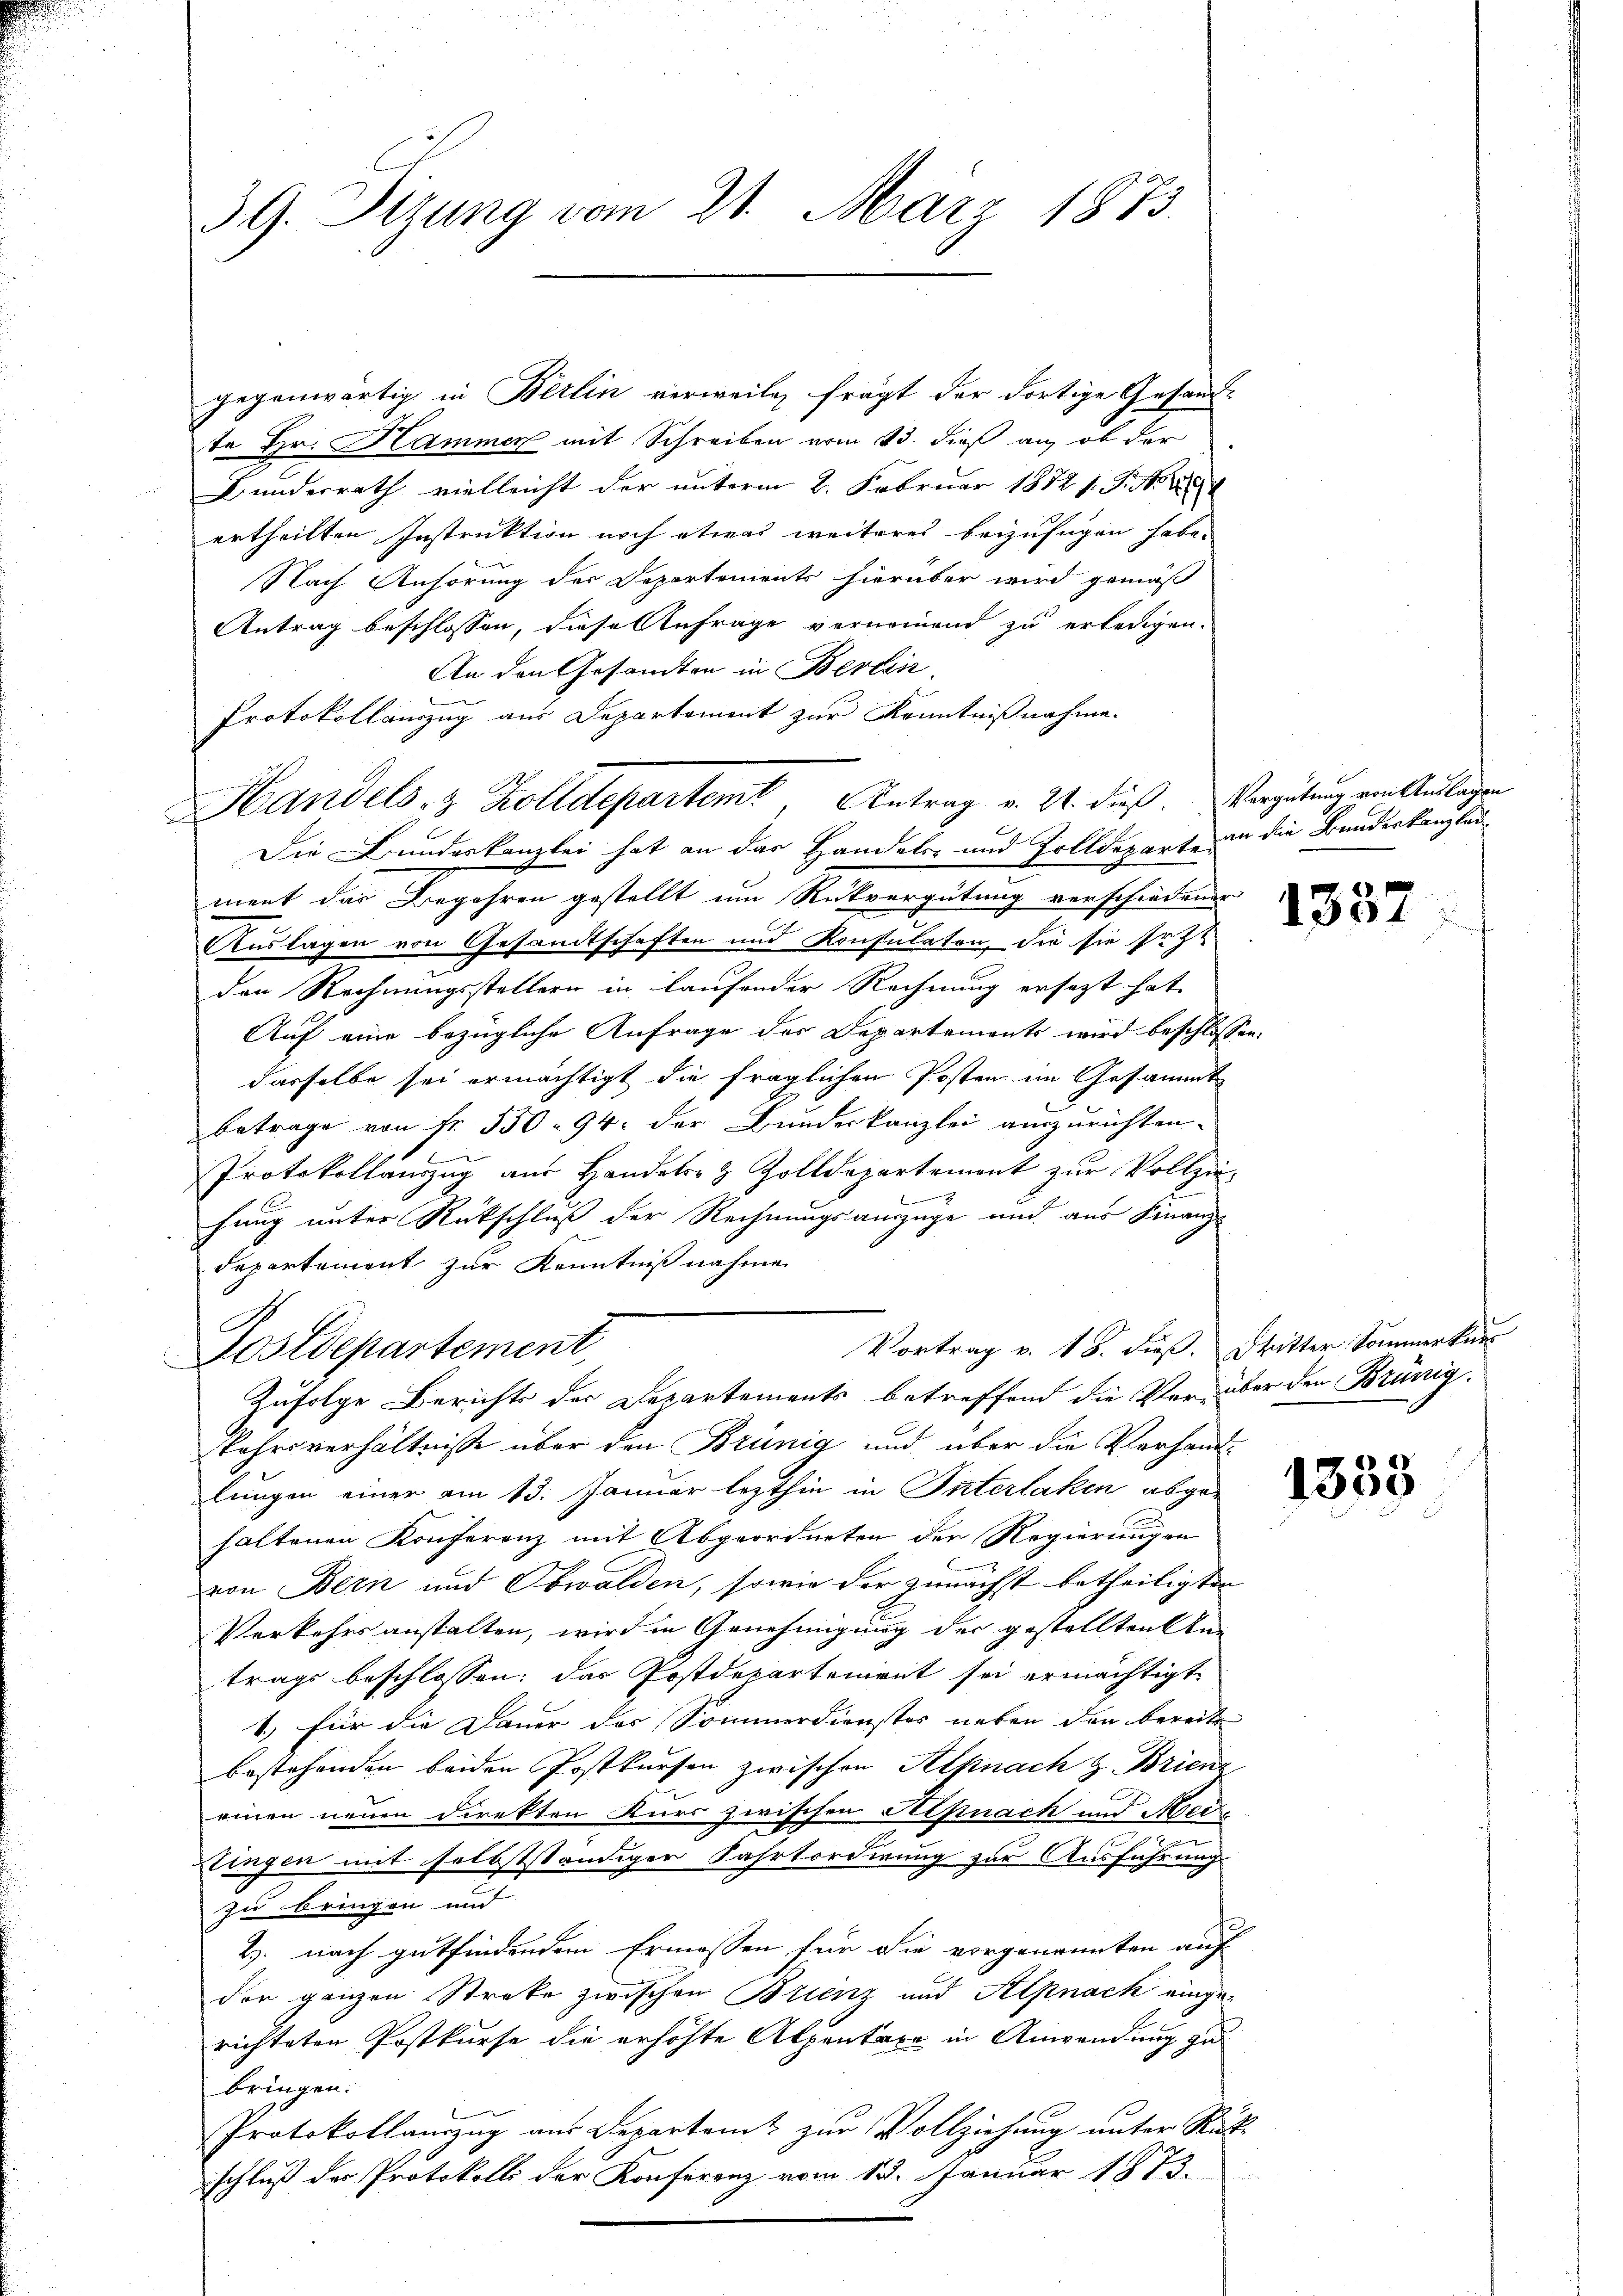
39. Sitzung vom 21. März 1873.

gegenwärtig in Berlin verweilen frägt der dortige Gesandt-
te Hr. Hammer mit Schreiben vom 13. dieß an, ob der
Bunderrath vielleicht der unterm 2. Februar 18721. S. 281
ertheilten Instruktion noch etwas weiteres beizufügen habe.
Nach Anhörung der Departements hierüber wird gemäß
Antrag beschlossen, diese Anfrage vorneinend zu erledigen.
An den Gesandten in Berlin.
.
Protokollanzug aus Departement zur Kenntnißnahme.
Die Bundeskanzlei hat an das Handels- und Zolldeparte an die Bundeskanzlaument der Begehren gestellt um Rückvergütung verschiedener
Auslagen von Gesandtschaften und Konsulaton, die sie sehr
den Rechnungsstellern in laufender Rechnung ersezt hat.
Auf eine bezügliche Anfrage des Departements wird beschlossen,
dasselbe sei ermächtigt die fraglichen Posten im Gesammt
betrage von fr. 550 - 94: der Bundeskanzlei auszurichten.
Protokollauszug aus Handels- & Zolldepartemont zŭr Vollzie-
f
hung unter Rückschluß der Rechnungsauszüge und aus Finanz-
departement zur Kenntniß nahme.
A
Vortrag v. 18. dieß. Dritter Sommer kur
Fostdepartement,
Zufolge Berichts der Departements betreffend die Verüber den Brünig.
kahrsverhältnisse über den Brünig und über die Verhandlungen einer am 13. Januar lezthin in Interlaken abge-
haltenen Konferenz mit Abgeordneten der Regierungen
von Bern und Obwalden, sowie der zunächst betheiligten
Verkehrsanstalten, wird in Genehmigung der gestellten Antrags beschlossen: das Postdepartenient sei ermächtigt
1.) für die Dauer des Sommerdienstes neben den bereits
bestehenden beiden Postkursen zwischen Alknach z. Brienz
einen neuen Direkten Kurs zwischen Aepnach und Krei
.
.
Dingen mit selbstständiger Fahrtordirung zur Ausführung
zu bringen und
B. nach gutfindendem Ermessen für die vorgenannten auf
der ganzen Streke zwischen Brienz und Alpnack einge-
richteten Postkurse die erhöhte Alpentaxe in Anwendung zubringen.
Protokollauszug aus Departamt zur Vollziehung unter Rückschluß der Protokolli der Konferenz vom 13. Januar 1873.

Handels- & Zolldeparteme, Antrag v. 21. dieß. Vergütung von Auflagen

1337

1353